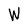
Character: W